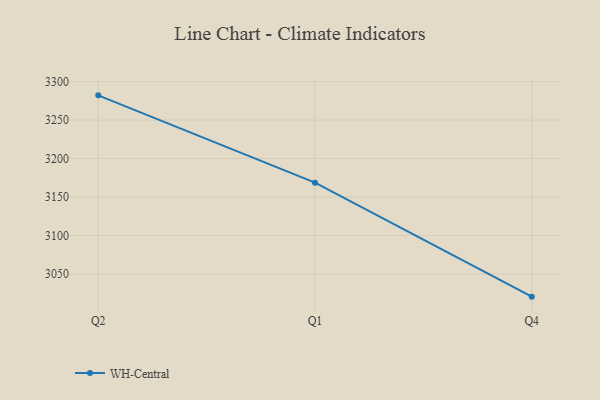
{"axis": {"x": "Quarter", "y": "Bounce Rate (%)"}, "legend": ["WH-Central"], "data": [{"x": "Q2", "y": 3282.1, "type": "WH-Central"}, {"x": "Q1", "y": 3168.6, "type": "WH-Central"}, {"x": "Q4", "y": 3020.5, "type": "WH-Central"}]}